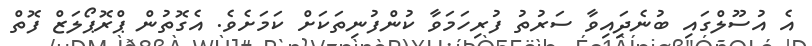
އެ އުސޫލްގައި ބުނެދިައިވާ ސަރުތު ފުރިހަމަވާ ކުންފުނިތަަކަށް ކަމަށެވެ. އެގޮތުން ޕްރޮޕޯލަޒް ފޮތް